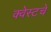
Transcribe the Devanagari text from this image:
क्वेस्टचे